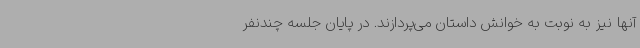
آنها نیز به نوبت به خوانش داستان می‌پردازند. در پایان جلسه چندنفر